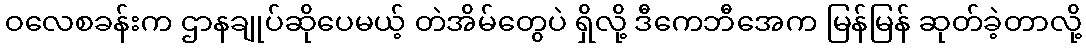
ဝလေစခန်းက ဌာနချုပ်ဆိုပေမယ့် တဲအိမ်တွေပဲ ရှိလို့ ဒီကေဘီအေက မြန်မြန် ဆုတ်ခဲ့တာလို့